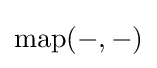
\operatorname {map} (-,-)